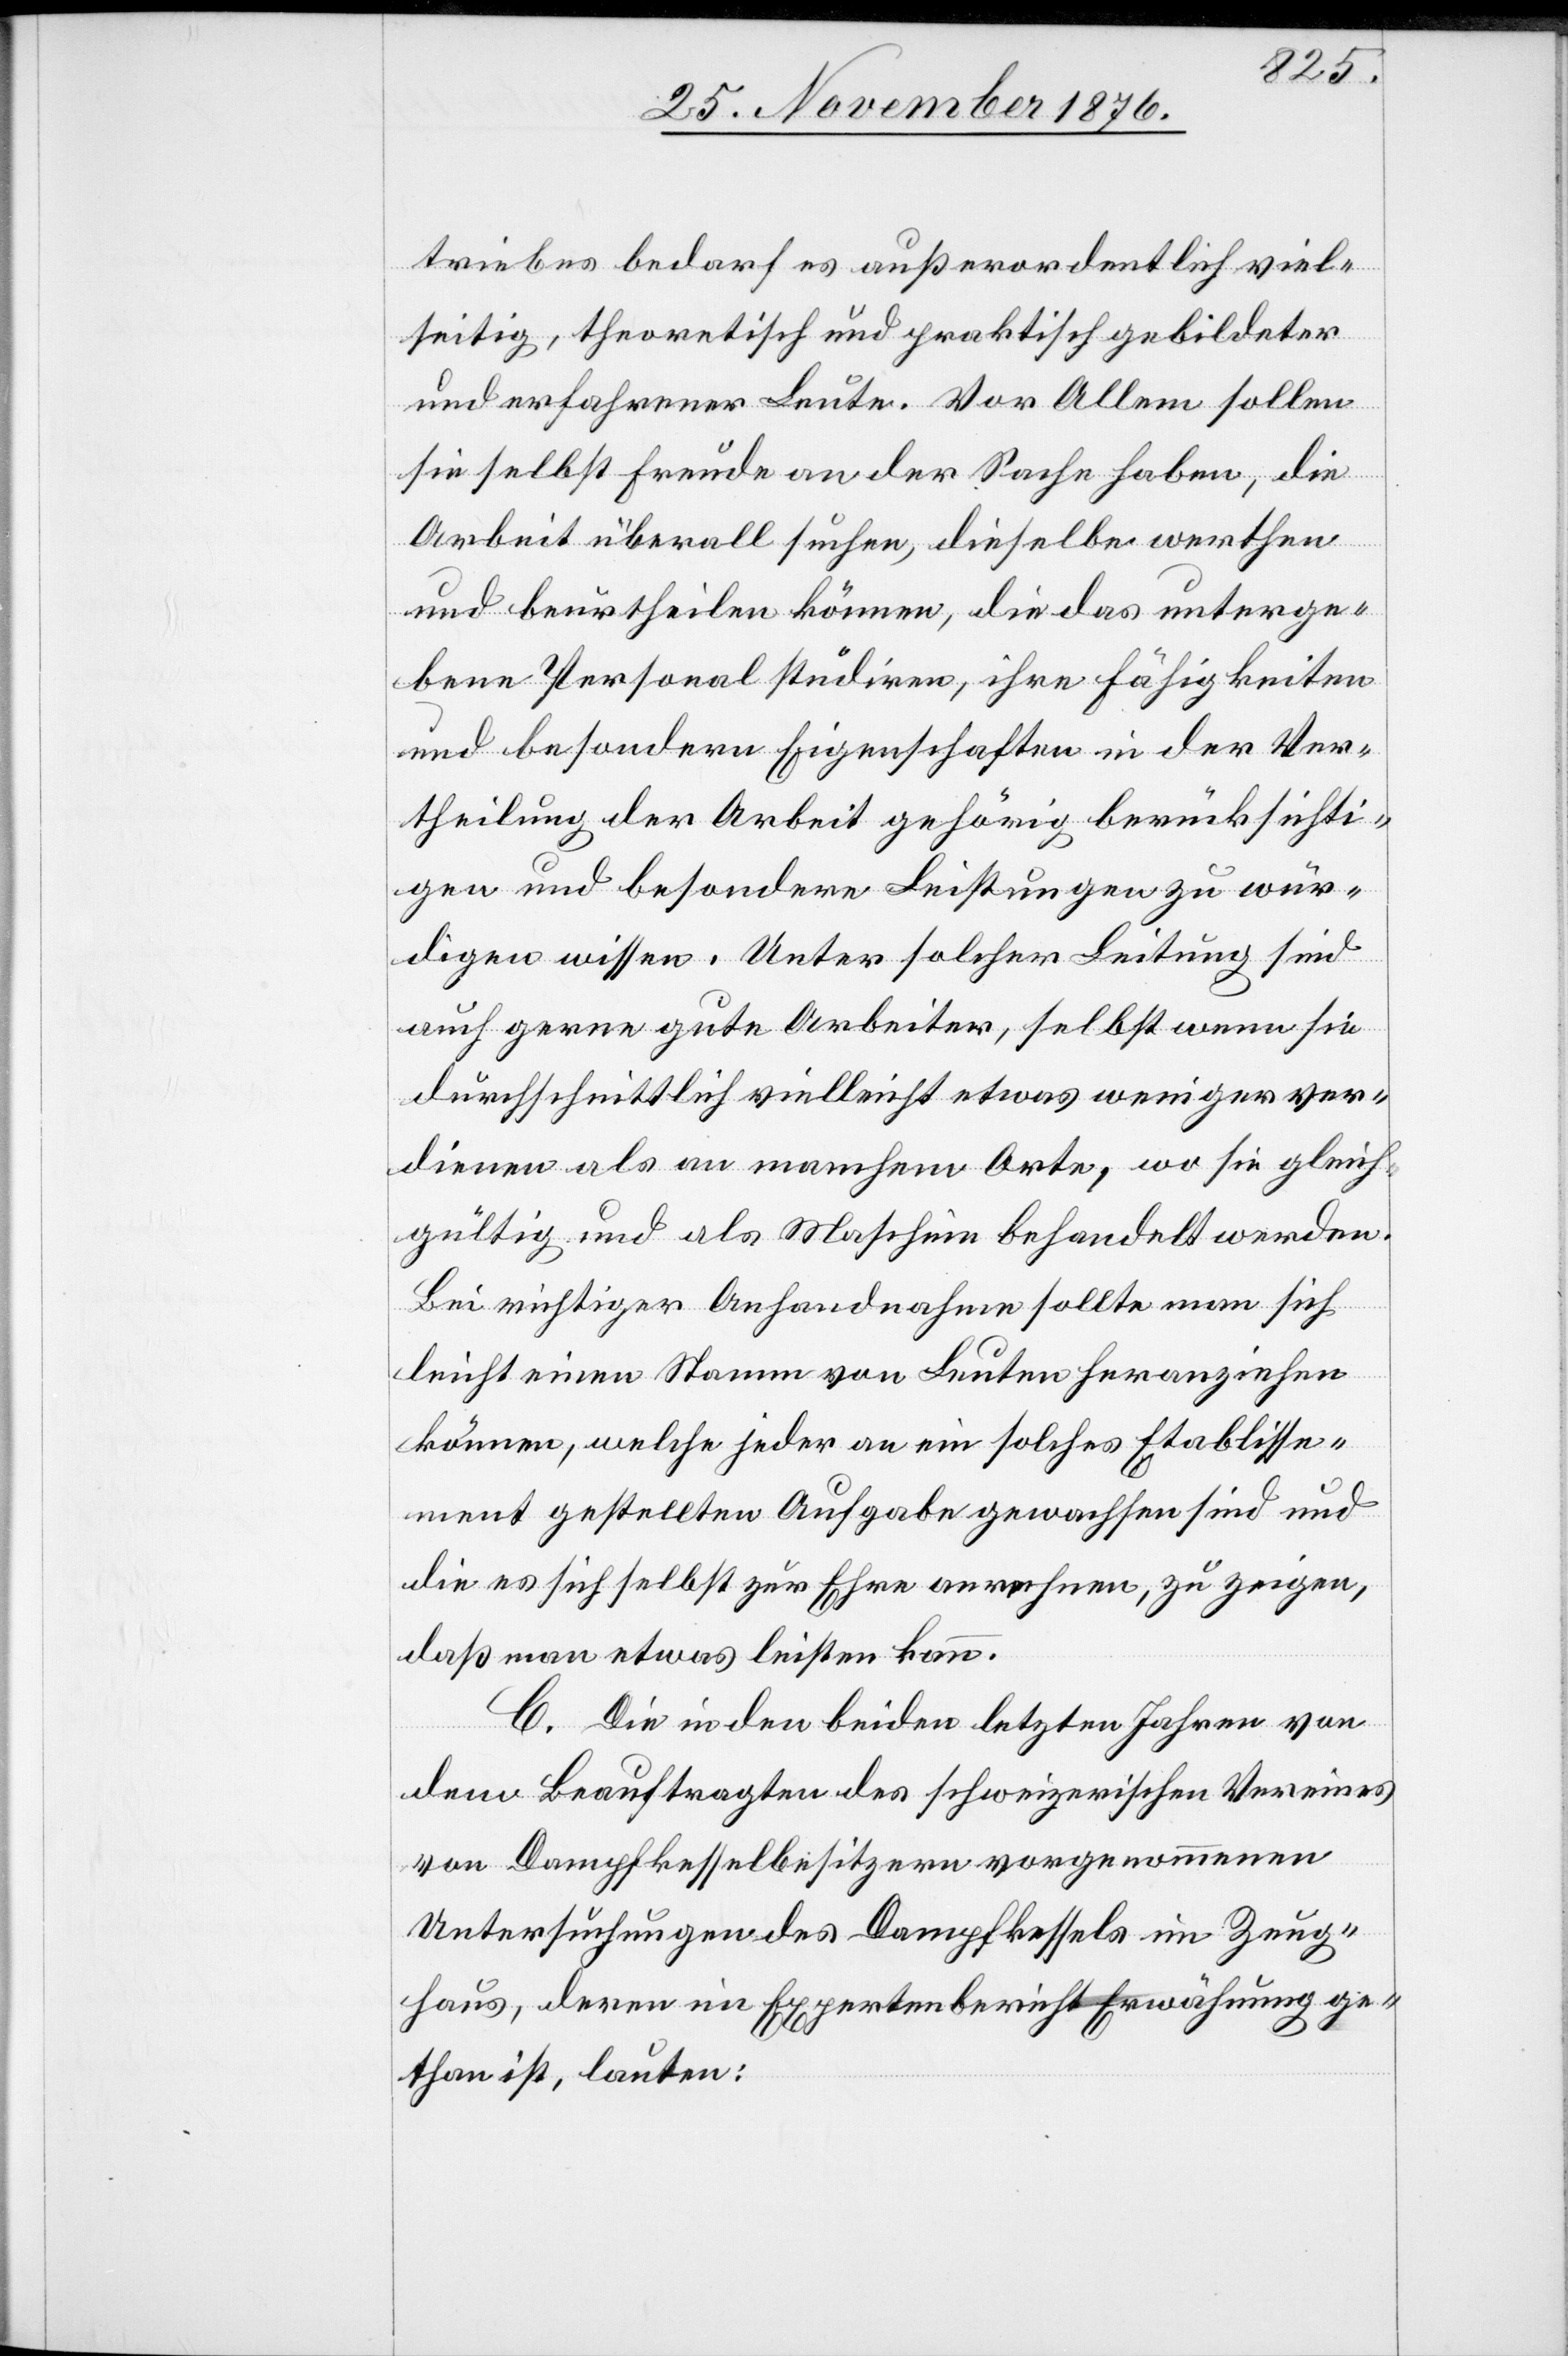
triebes bedarf es außerordentlich viel¬
seitig, theoretisch und praktisch gebildeter
und erfahrener Leute. Vor Allem sollen
sie selbst Freude an der Sache haben, die
Arbeit überall suchen, dieselbe werthen
und beurtheilen können, die das [sic!] unterge¬
bene Personal studiren, ihre Fähigkeiten
und besondern Eigenschaften in der Ver¬
theilung der Arbeit gehörig berücksichti¬
gen und besondere Leistungen zu wür¬
digen wissen. Unter solcher Leitung sind
auch gerne gute Arbeiter, selbst wenn sie
durchschnittlich vielleicht etwas weniger ver¬
dienen als an manchem Orte, wo sie gleich¬
gültig und als Maschine behandelt werden.
Bei richtiger Anhandnahme sollte man sich
leicht einen Stamm von Leuten heranziehen
können, welche jeder an ein solches Etablisse¬
ment gestellten Aufgabe gewachsen sind und
die es sich selbst zur Ehre anrechnen, zu zeigen,
daß man etwas leisten kann.“
C. Die in den beiden letzten Jahren von
dem Beauftragten des schweizerischen Vereins
von Dampfkesselbesitzern vorgenommenen
Untersuchungen des Dampfkessels im Zeug¬
haus, deren im Expertenbericht Erwähnung ge¬
than ist, lauten: